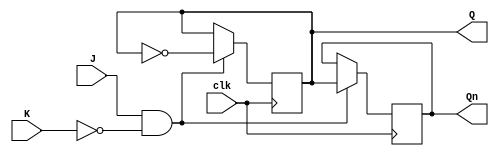
module JK_flipflop (
    input J,   // J input signal
    input K,   // K input signal
    input clk, // Clock input signal
    output reg Q,  // Q output signal
    output reg Qn  // Q' output signal
);

always @(posedge clk) begin
    if (J & ~K) begin
        Q <= ~Q;
        Qn <= Q;
    end else if (J & K) begin
        Q <= Q;
        Qn <= Qn;
    end else if (~J & ~K) begin
        // Do nothing
    end
end

endmodule